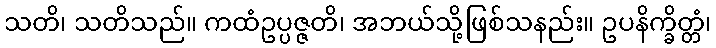
သတိ၊ သတိသည်။ ကထံဥပ္ပဇ္ဇတိ၊ အဘယ်သို့ဖြစ်သနည်း။ ဥပနိက္ခိတ္တံ၊